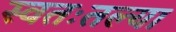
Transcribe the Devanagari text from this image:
स्वतःतल्या